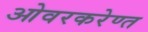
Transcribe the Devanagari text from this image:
ओवरकरेण्त